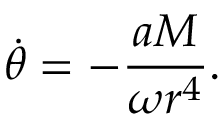
\dot { \theta } = - \frac { a M } { \omega r ^ { 4 } } .